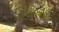
સિઝનલ